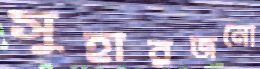
সুহারজনো